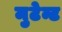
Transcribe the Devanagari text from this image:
मुटेन्ट